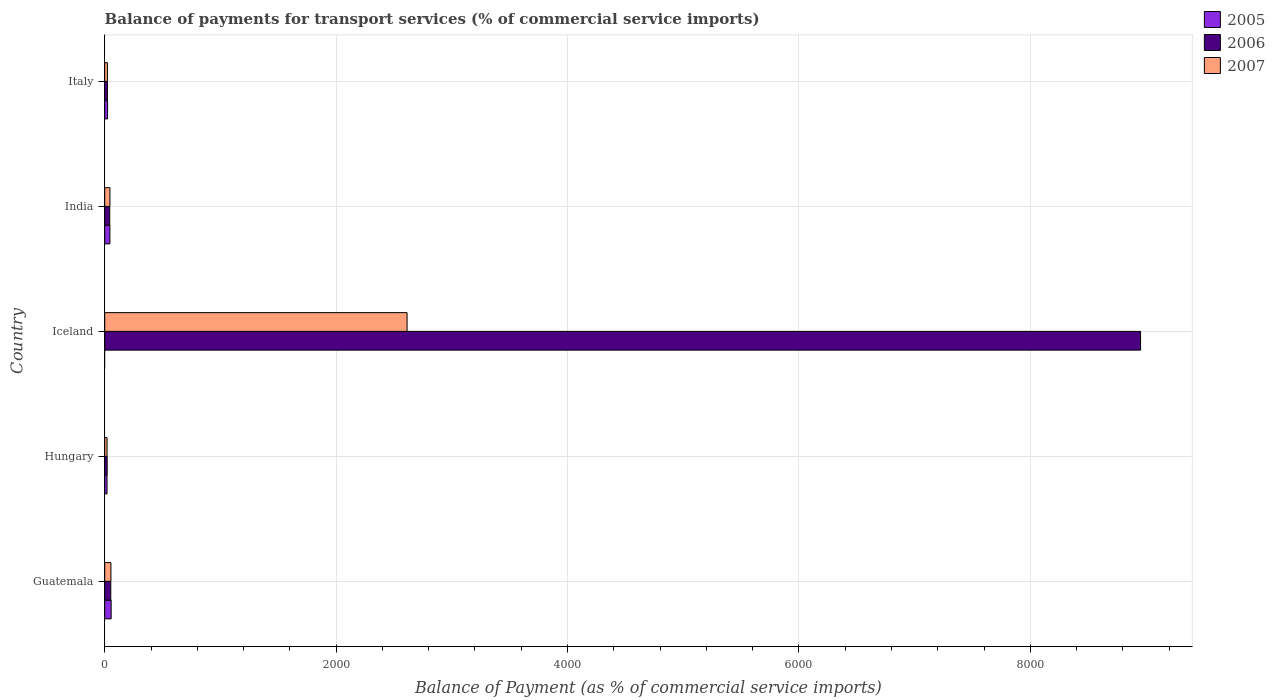
| Country | 2005 | 2006 | 2007 |
 | --- | --- | --- | --- |
 | Guatemala | 55.5 | 52.4 | 53.6 |
 | Hungary | 19.9 | 21.1 | 20.1 |
 | Iceland | -9.63e+03 | 8.95e+03 | 2.61e+03 |
 | India | 44.7 | 43.3 | 44.8 |
 | Italy | 24.7 | 23.5 | 23.3 |